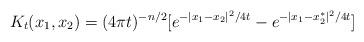
LaTeX: \begin{align*} K_t(x_1, x_2) = (4\pi t)^{-n/2}[e^{-|x_1 - x_2|^2/4t} - e^{-|x_1 - x_2^*|^2/4t}]\end{align*}